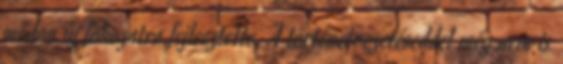
módon új fokozatra fejlesztette. A történetvezetéseddel még nem is